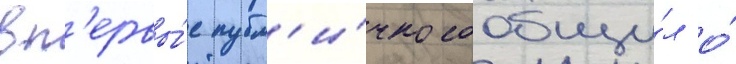
вп'ервы́е публ'и́чно сообщи́л о́